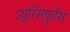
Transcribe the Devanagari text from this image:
ज्यूरिसप्रुडेंस